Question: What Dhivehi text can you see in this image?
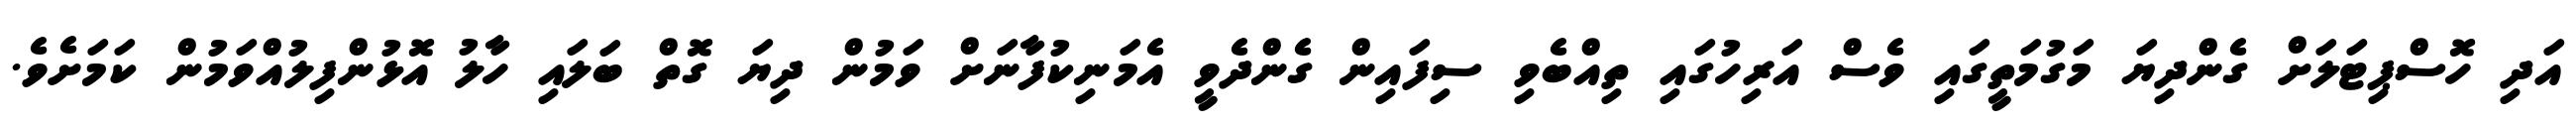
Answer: އަދި ހޮސްޕިޓަލަށް ގެންދިޔަ މަގުމަތީގައި ވެސް އަރިހުގައި ތިއްބެވި ސިފައިން ގެންދެވީ އެމަނިކުފާނަށް ވަމުން ދިޔަ ގޮތް ބަލައި ހާލު އޮޅުންފިލުއްވަމުން ކަމަށެވެ.